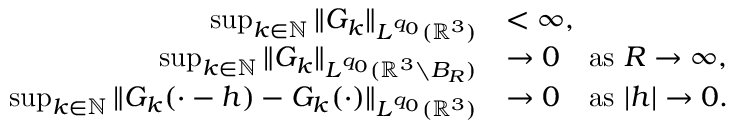
\begin{array} { r l } { \operatorname* { s u p } _ { k \in \mathbb N } \| G _ { k } \| _ { L ^ { q _ { 0 } } ( { \mathbb R } ^ { 3 } ) } } & { < \infty , } \\ { \operatorname* { s u p } _ { k \in \mathbb N } \| G _ { k } \| _ { L ^ { q _ { 0 } } ( { \mathbb R } ^ { 3 } \setminus B _ { R } ) } } & { \rightarrow 0 \quad \mathrm { a s ~ } R \rightarrow \infty , } \\ { \operatorname* { s u p } _ { k \in \mathbb N } \| G _ { k } ( \cdot - h ) - G _ { k } ( \cdot ) \| _ { L ^ { q _ { 0 } } ( { \mathbb R } ^ { 3 } ) } } & { \rightarrow 0 \quad \mathrm { a s ~ } | h | \rightarrow 0 . } \end{array}